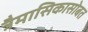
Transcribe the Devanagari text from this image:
त्रैमासिकासोबत